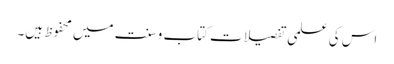
اس کی علمی تفصیلات کتاب و سنت میں محفوظ ہیں۔